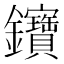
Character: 𨰰